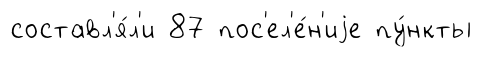
составл'я́л'и 87 пос'ел'е́н'иjе пу́нкты